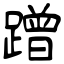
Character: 蹭